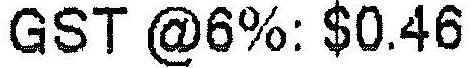
GST @6%: $0.46